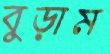
বুড়াম